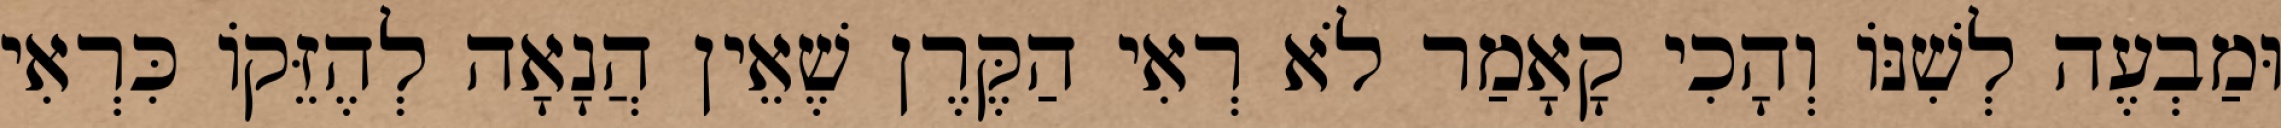
וּמַבְעֶה לְשִׁנּוֹ וְהָכִי קָאָמַר לֹא רְאִי הַקֶּרֶן שֶׁאֵין הֲנָאָה לְהֶזֵּקוֹ כִּרְאִי